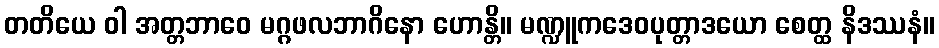
တတိယေ ဝါ အတ္တဘာဝေ မဂ္ဂဖလဘာဂိနော ဟောန္တိ။ မဏ္ဍူကဒေဝပုတ္တာဒယော စေတ္ထ နိဒဿနံ။